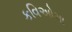
કવિઓમા